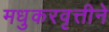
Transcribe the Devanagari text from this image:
मधुकरवृत्तीने